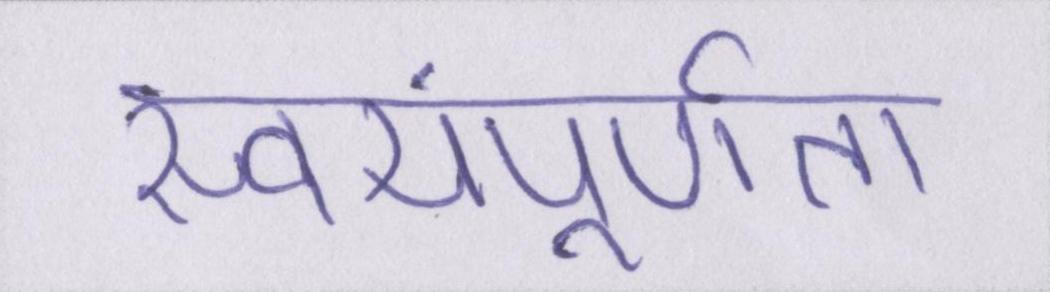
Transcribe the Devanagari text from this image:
स्वयंपूर्णता